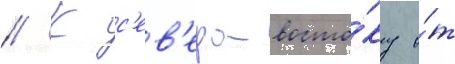
// К с'ев'еро-восто́ку о́т